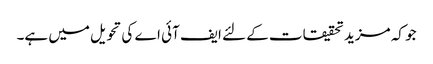
جو کہ مزید تحقیقات کے لئے ایف آئی اے کی تحویل میں ہے۔